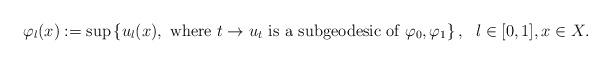
LaTeX: \begin{align*}\varphi_l(x):= \sup \left\{u_l(x), \ \textrm{where }t \to u_t \textrm{ is a subgeodesic of} \ \varphi_0,\varphi_1\right\}, \ \ l \in [0,1], x \in X.\end{align*}